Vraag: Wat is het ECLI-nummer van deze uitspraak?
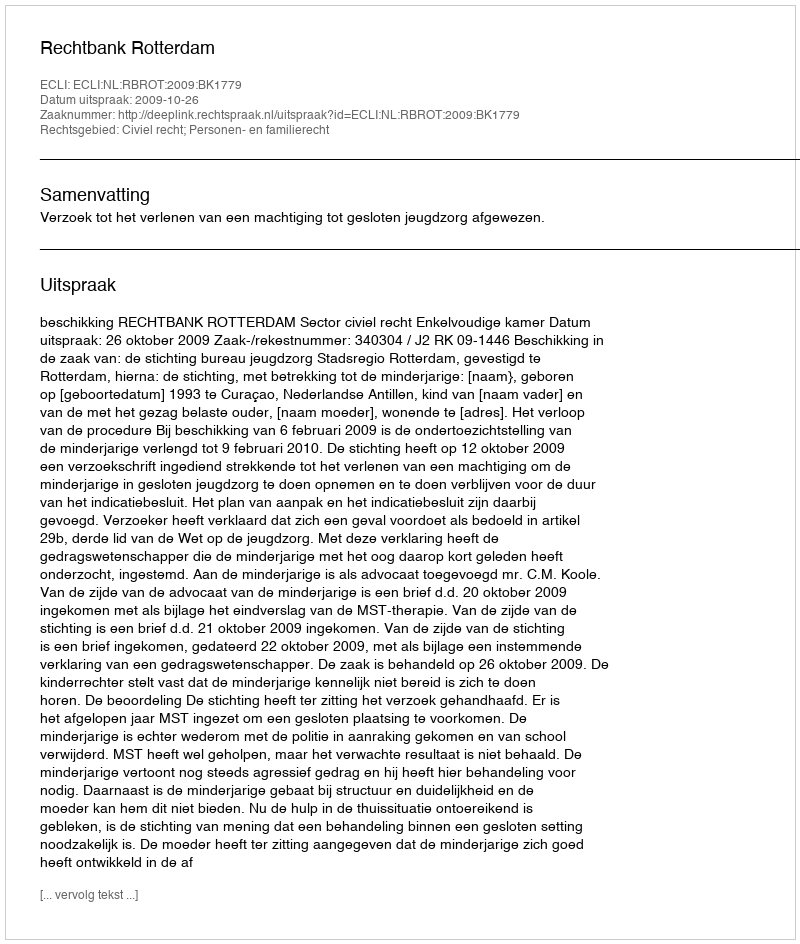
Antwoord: ECLI:NL:RBROT:2009:BK1779